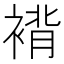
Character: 褙